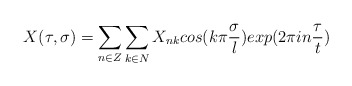
\begin{align*}X(\tau,\sigma)=\sum_{n\in Z}\sum_{k\in N}X_{nk}cos(k\pi\frac{\sigma}{l})exp(2\pi in\frac{\tau}{t})\end{align*}